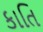
કાતિ